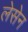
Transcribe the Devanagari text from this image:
लेसेन